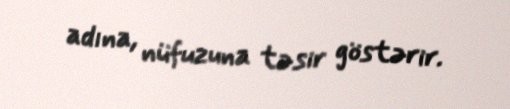
adına, nüfuzuna təsir göstərir.